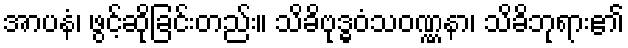
အာပနံ၊ ဖွင့်ဆိုခြင်းတည်း။ သိခိဗုဒ္ဓဝံသဝဏ္ဏနာ၊ သိခိဘုရား၏